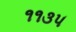
૧૧૩૫